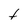
Character: t